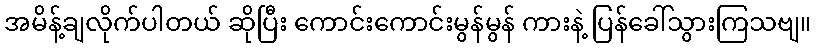
အမိန့်ချလိုက်ပါတယ် ဆိုပြီး ကောင်းကောင်းမွန်မွန် ကားနဲ့ ပြန်ခေါ်သွားကြသဗျ။